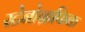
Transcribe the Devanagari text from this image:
स्टेनोग्राफिक